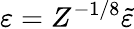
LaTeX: \varepsilon=Z^{-1/8}\tilde{\varepsilon}